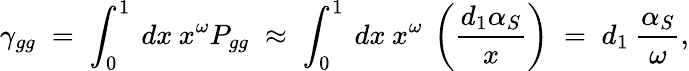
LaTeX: \gamma_{gg}\; =\; \int_{0}^{1}\: dx\: x^{\omega}P_{gg}\; \approx\; \int_{0}^{1}\: dx\: x^{\omega}\: \left(\frac{d_{1}\alpha_{S}}{x}\right)\; =\; d_{1}\: \frac{\alpha_{S}}{\omega},